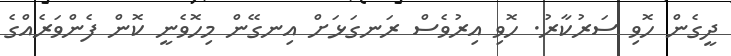
ދީގެން ހޮވި ސަރުކާރު. ހޮވި އިރުވެސް ރަނގަޅަށް އިނގޭން މިހޮވެނީ ކޮން ފެންވަރެއްގެ